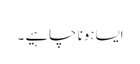
ایساہونا چاہیے ۔